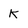
Character: K